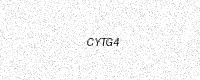
Text: CYTG4